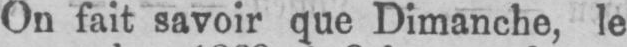
On fait savoir que Dimanche, le